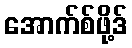
အောက်စ်ဖို့ဒ်